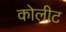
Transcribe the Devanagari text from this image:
कोलीट